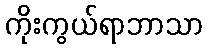
ကိုးကွယ်ရာဘာသာ